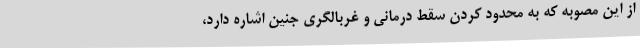
از این مصوبه که به محدود کردن سقط درمانی و غربالگری جنین اشاره دارد،